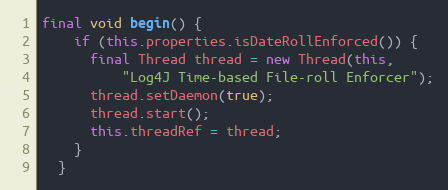
Language: Java
final void begin() {
    if (this.properties.isDateRollEnforced()) {
      final Thread thread = new Thread(this,
          "Log4J Time-based File-roll Enforcer");
      thread.setDaemon(true);
      thread.start();
      this.threadRef = thread;
    }
  }